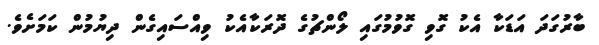
ބާރުގަދަ އަޑަކާ އެކު ގޮވި ގޮވުމުގައި ލޯންޗުގެ ދޮރަކާއެކު ވިއްސައިގެން ދިޔުމުން ކަމަށެވެ.